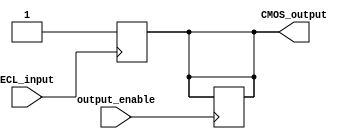
module ECL_buffer (
    input wire ECL_input,
    output reg CMOS_output,
    input wire output_enable
);

reg ECL_level;

assign CMOS_output = ECL_level;

always @ (posedge ECL_input)
begin
   if (ECL_input)
       ECL_level <= 1'b1;
   else
       ECL_level <= 1'b0;
end

always @ (posedge output_enable)
begin
    if (output_enable)
        CMOS_output <= ECL_level;
    else
        CMOS_output <= 1'bz;
end

endmodule